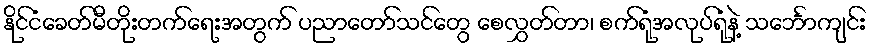
နိုင်ငံခေတ်မီတိုးတက်ရေးအတွက် ပညာတော်သင်တွေ စေလွှတ်တာ၊ စက်ရုံအလုပ်ရုံနဲ့ သင်္ဘောကျင်း